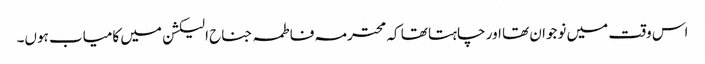
اس وقت میں نوجوان تھا اور چاہتا تھا کہ محترمہ فاطمہ جناح الیکشن میں کامیاب ہوں۔